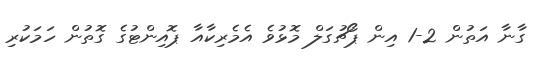
ގާނާ އަތުން 2-1 އިން ޕޯޗުގަލް މޮޅުވެ އެމެރިކާއާ ޕޮއިންޓުގެ ގޮތުން ހަމަކުރި